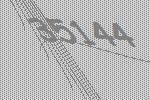
35144